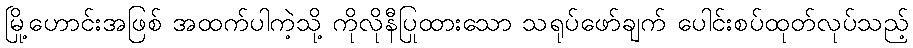
မြို့ဟောင်းအဖြစ် အထက်ပါကဲ့သို့ ကိုလိုနီပြုထားသော သရုပ်ဖော်ချက် ပေါင်းစပ်ထုတ်လုပ်သည့်